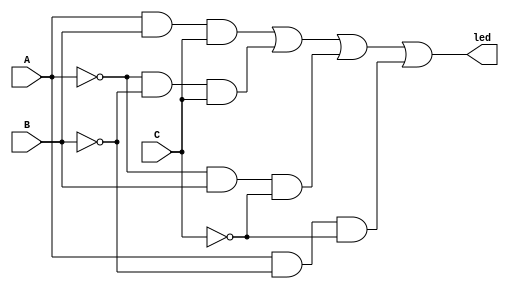
module odd_zeros_detector(
  input wire A,
  input wire B,
  input wire C,
  output wire led );

  assign led = (A && B && C) || (!A && !B && C) ||
               (!A && B && !C) || (A && !B && !C);

endmodule